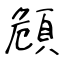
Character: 頠